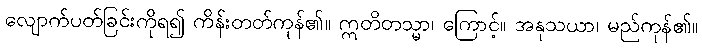
လျောက်ပတ်ခြင်းကိုရ၍ ကိန်းတတ်ကုန်၏။ ဣတိတသ္မာ၊ ကြောင့်။ အနုသယာ၊ မည်ကုန်၏။